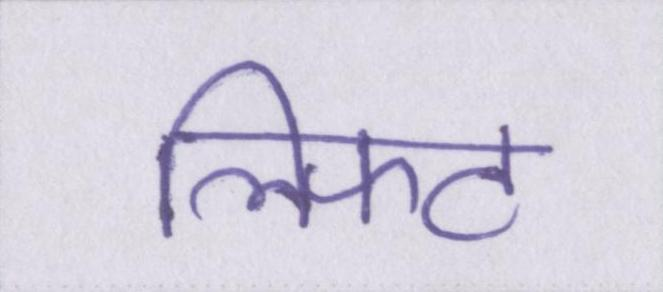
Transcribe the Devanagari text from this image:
लिफ्ट